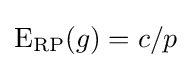
\mathrm {E} _{\mathrm {RP} }(g)=c/p